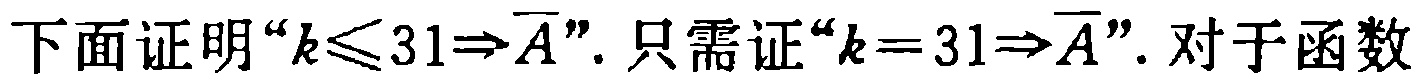
下面证明“\(k\leqslant 31\Rightarrow \overline{A}\)”. 只需证“\(k = 31\Rightarrow \overline{A}\)”. 对于函数